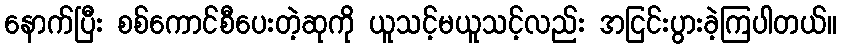
နောက်ပြီး စစ်ကောင်စီပေးတဲ့ဆုကို ယူသင့်မယူသင့်လည်း အငြင်းပွားခဲ့ကြပါတယ်။